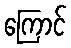
ကြောင်